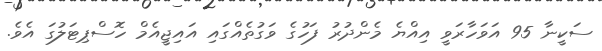
ސަކީނާ 95 އަވަހާރަވީ އިއްޔެ މެންދުރު ފަހުގެ ވަގުތެއްގައި އައިޖީއެމް ހޮސްޕިޓަލުގަ އެވެ.